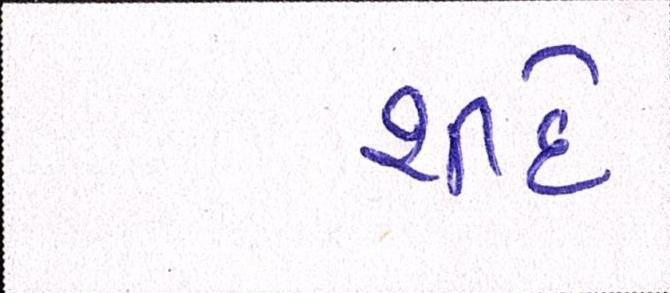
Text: શીંદે